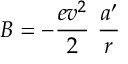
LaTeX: B = - \frac { e v ^ { 2 } } { 2 } \ \frac { a ^ { \prime } } r